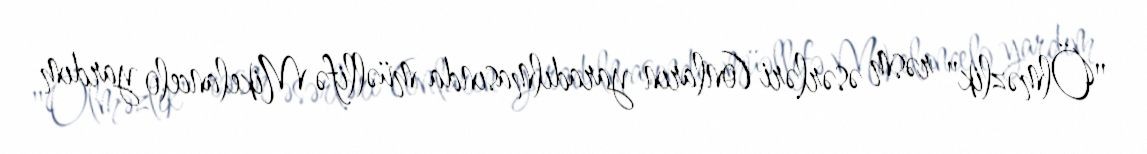
"Ölməzlik" rəsm əsərləri (onların yaradılmasında müəllifə Mikelancelo yardım